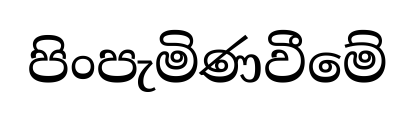
පිංපැමිණවීමේ